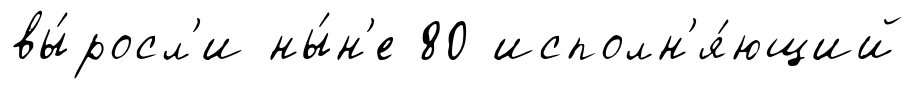
вы́росл'и ны́н'е 80 исполн'я́ющий